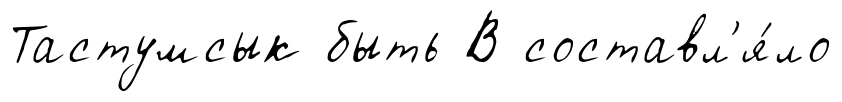
Тастумсык быть В составл'я́ло